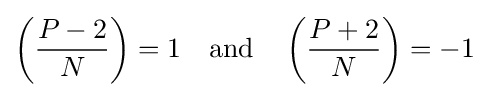
\left({\frac {P-2}{N}}\right)=1\quad {\text{and}}\quad \left({\frac {P+2}{N}}\right)=-1